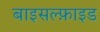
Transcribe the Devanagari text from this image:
बाइसल्फ़ाइड